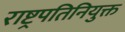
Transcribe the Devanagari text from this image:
राष्ट्रपतिनियुक्त